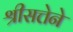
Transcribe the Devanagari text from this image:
श्रीसत्तेने